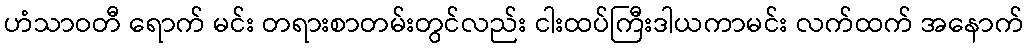
ဟံသာဝတီ ရောက် မင်း တရားစာတမ်းတွင်လည်း ငါးထပ်ကြီးဒါယကာမင်း လက်ထက် အနောက်